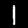
Digit: 1